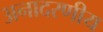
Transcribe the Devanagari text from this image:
अनादरणीय